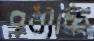
পরাচ্ছি